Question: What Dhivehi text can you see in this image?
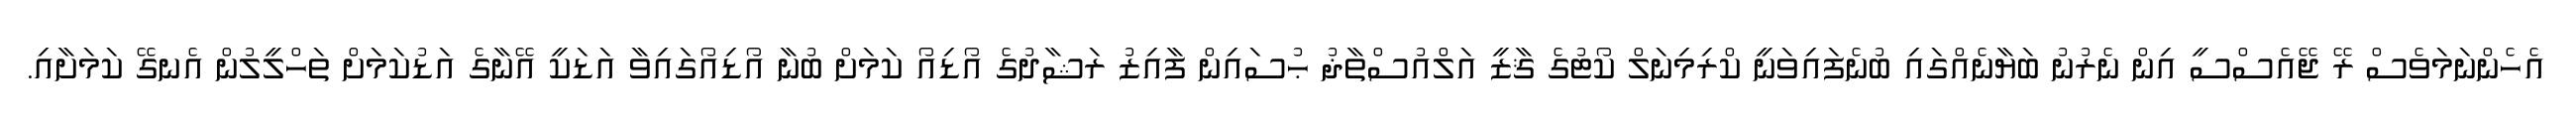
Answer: އެހެންނަމަވެސް ރޭ ޖޭއެސްސީ އިން ނެރުނު ބަޔާނެއްގައި ބުނެފައިވަނީ ކްރިމިނަލް ކޯޓުގެ ޤާޒީ އަލްއުސްތާޛު ޙުސައިން ފާއިޒު ރަޝާދުގެ އޯޑިއޯ ކަމަށް ބުނާ އޯޑިއޯގައިވާ އަޑަކީ އޭނާގެ އަޑުކަމަށް ތަހްލީލުން އެނގޭ ކަމަށާއި.